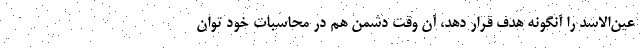
عین‌الاسد را آنگونه هدف قرار دهد، آن وقت دشمن هم در محاسبات خود توان